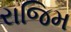
રાજિમ